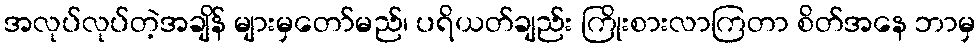
အလုပ်လုပ်တဲ့အချိန် များမှတော်မည်၊ ပရိယတ်ချည်း ကြိုးစားလာကြတာ စိတ်အနေ ဘာမှ